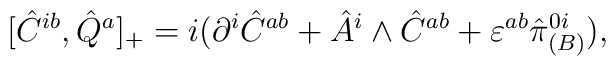
[\hat {C}^{ib},\hat {Q}^a]_{+}=i(\partial^i \hat {C}^{ab}+ \hat {A}^i\wedge\hat {C}^{ab}+\varepsilon^{ab}\hat {\pi}_{(B)}^{0i}),